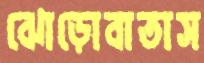
ঝোড়োবাতাস